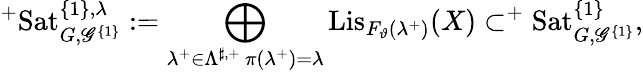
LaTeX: ^{+}\mathrm{Sat}_{G,\mathscr G^{\{ 1\} }}^{\{ 1\} ,\lambda}:=\bigoplus_{\substack{\lambda^{+}\in\Lambda^{\sharp,+}\, \pi(\lambda^{+})=\lambda}}\mathrm{Lis}_{F_{\vartheta}(\lambda^{+})}(X)\subset^{+}\mathrm{Sat}_{G,\mathscr G^{\{ 1\} }}^{\{ 1\} },